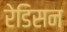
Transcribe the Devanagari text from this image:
रेडिसन